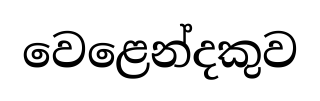
වෙළෙන්දකුව